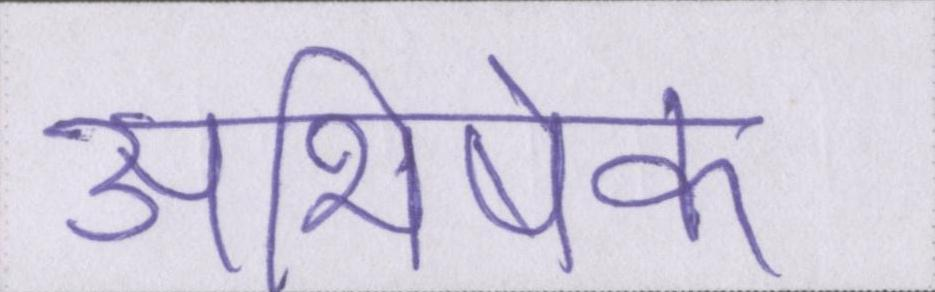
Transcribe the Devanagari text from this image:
अभिषेक